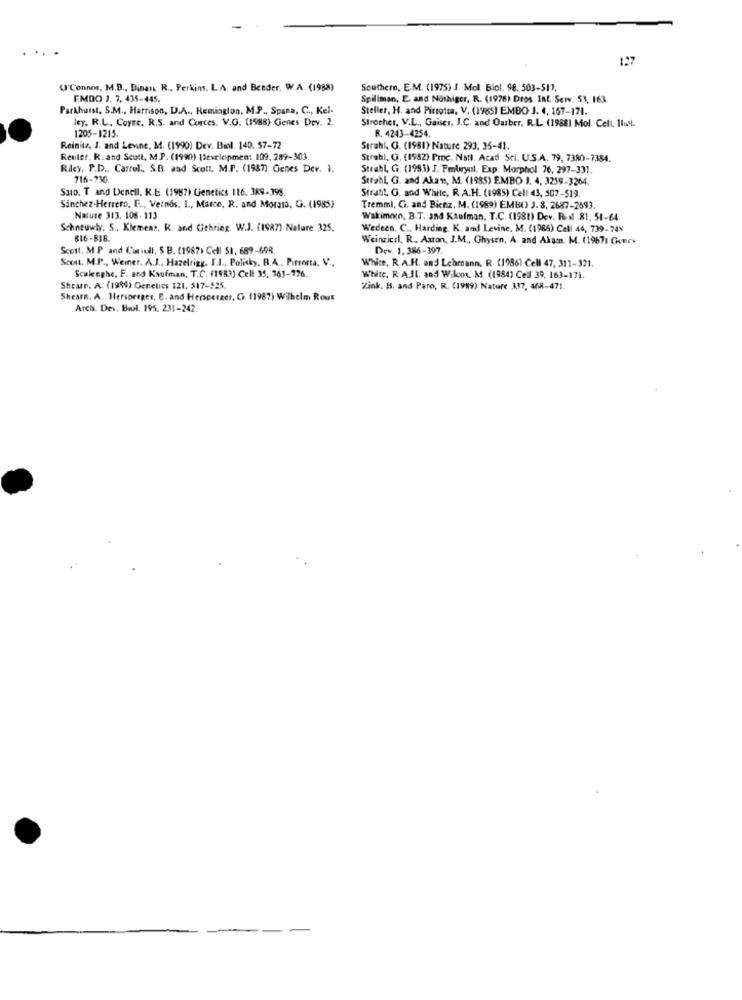
1 .* 7
U'Connor, M.D ., Dinan. R ., Perkins. L.A. and Bender, W.A. (1988)
Southern, E.M. (1975) J. Mol. Biol. 98. 503-517.
EMDO J. 7. 435-445.
Spillman, E. and Nothiger, R. (1978) Dros Int. Serv. 53, 163.
Parkhurst, S.M ., Harrison, D.A ., Hemiaglon. M.P ., Spana, C ., Kel-
Steller, H. and Pirrotta, V. (1985) EMBO J. 4. 167-171.
ley. R.L. Coyne. R.S. and Curces. V.G. (1988) Genes Dev. 2.
1205-1215.
Strocher, V.L ., Gaiser. I.C. and Ourber, R.L. (1988) Mol Cell. IlL
R. 4243-4254.
Reinitz, J. and Levine, M. (1990) Dev. Biol. 140, 57-72
Strahl, G. (1981) Nature 293. 35-41.
Rester. R. and Scott, M.P. (1990) Development 109, 289-303.
Strahl, G. (1982) Proc. Natl. Acad Sci. U.S.A. 79, 7380-7384.
Riley. P.D ., Carrel ., S.B. aad Scott. M.P. (1987) Genes Dev. 1.
Strahl, G. (1993) J. Fmuryol. Exp. Morphol. 76, 297-331.
716-730.
Strahl, G. and Akan, M. (1985) EMBO J. 4. 3259-3264.
Suo. T and Denell. R.E. (1987) Genetics 116, 389-398.
Strahl, G. and White, R. A.H. (1985) Cell 43, 507-519.
Sanchez-Herrero, E ., Vetnos. 1 ., Masce. R. and Morata. G. (1985)
Tremmi, Ci. and Bierz, M. (1989) EMB() J. 8. 2687-2693.
Nature 313, 106-113.
Wakimon. B.T. and Ksofman. T.C. (1981) Dev. Ris 81, 51-64.
Schneuwly. S ., Klemens, R. and Gehring. W.J. (1987) Nature 325,
Wedeen. C ., Harding. K. and Levine. M. (1986) Cell 44, 739-748
816-8J8.
Weinzicil, R .. Axton, J.M ., Ghysen, A. and Akam. M. (19671 Chours
Scott. M.P and Coriull, 5 B. (1987) Cell 51. 689-69R.
Dev. 1. 386-397.
Scout. M.P ., Weiner. A.J ., Hazelrigg. I.I ., Polisky, B.A ., Pirrotta, V ..
White, R.A.H. and Lehmann. R (19861 Cell 47, 311-321.
Sculeghe, F. and Kaufman, T.C. (1983) Cell 35. 761-176.
White. R. A.IL. and Wilcox. M. (1984) Cell 39, 163-171.
Shearr. A. (1999) Genetics 121. 517-$25.
Zink. H. and Paro, R. (1999) Nature 337, 468-471.
Shears. A ., Hersperges, E. and Herscereer. C. (1987) Wilhelm Roux
Arch. Dev, Bwl. 195. 231-242.